Civil Veterinary Dept. Bombay admin report 1900-1906 - 1900-1906
Year: 1900
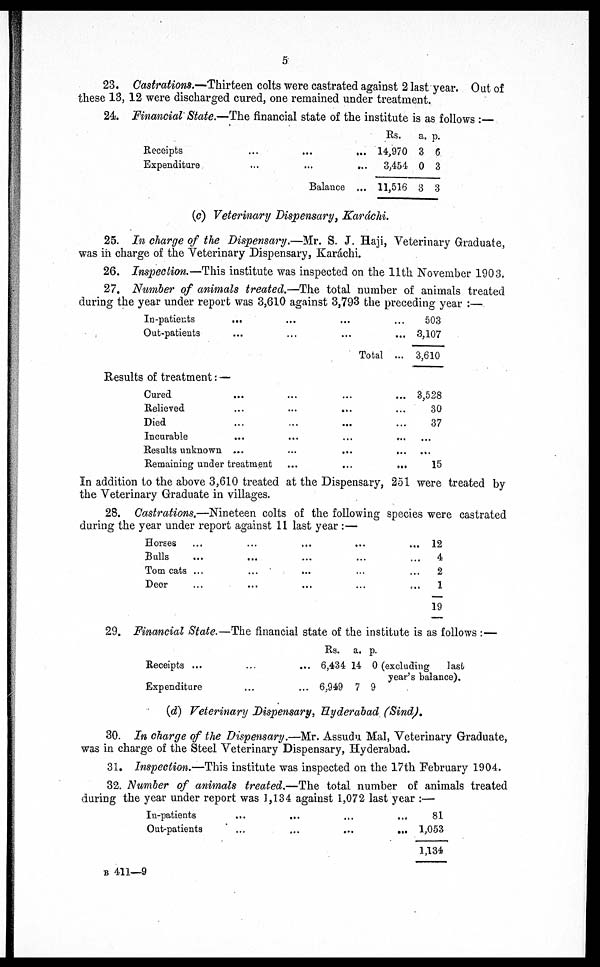
5
23. Castrations.—Thirteen colts were castrated against 2 last year. Out of
these 13, 12 were discharged cured, one remained under treatment.
24. Financial State.—The financial state of the institute is as follows :—
Receipts ... ... ...
Expenditure ... ... ...
Balance...
Rs.
14,970
3,454
11,516
a.
3
0
3
p.
6
3
3
(c) Veterinary Dispensary, Karáchi.
25. In charge of the Dispensary.—Mr. S. J. Haji, Veterinary Graduate,
was in charge of the Veterinary Dispensary, Karáchi.
26. Inspection.—This institute was inspected on the 11th November 1903.
27. Number of animals treated.—The total number of animals treated
during the year under report was 3,610 against 3,793 the preceding year :—
In-patients
...
...
...
...
Out-patients
...
...
...
...
Total...
Results of treatment: —
Cured
...
...
...
...
Relieved
...
...
...
...
Died
...
...
...
...
Incurable
...
...
...
...
Results unknown
...
...
...
...
Remaining under treatment
...
...
...
503
3,107
3,610
3,528
30
37
...
...
15
In addition to the above 3,610 treated at the Dispensary, 251 were treated by
the Veterinary Graduate in villages.
28. Castrations.—Nineteen colts of the following species were castrated
during the year under report against 11 last year :—
Horses
...
...
...
...
...
Bulls
...
...
...
...
...
Tom cats
...
...
...
...
...
Deer
...
...
...
...
...
12
4
2
1
19
29. Financial State.—The financial state of the institute is as follows :
Receipts
...
...
...
Expenditure
...
...
Rs.
6,434
6,949
a.
14
7
p.
0
9
(excluding
last
year's balance).
(d) Veterinary Dispensary, Hyderabad (Sind).
30. In charge of the Dispensary.—Mr. Assudu Mal, Veterinary Graduate,
was in charge of the Steel Veterinary Dispensary, Hyderabad.
31. Inspection.—This institute was inspected on the 17th February 1904.
32. Number of animals treated.—The total number of animals treated
during the year under report was 1,134 against 1,072 last year :—
In-patients
...
...
...
...
Out-patients
...
...
...
...
81
1,053
1,134
B 411—9